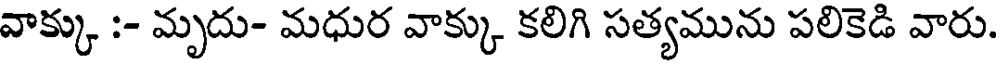
వాక్కు :- మృదు- మధుర వాక్కు కలిగి సత్యమును పలికెడి వారు.